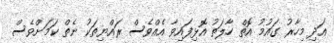
އަދި މިހާރު ގައުމު އޮތް ހާލަތު އޮޅިފައިވާ އެއްވެސް ރައްޔިތަކު ނެތް ކަމަށްވެސް